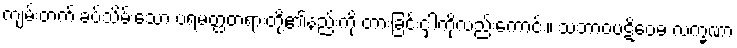
ကျမ်းတက် ခပ်သိမ်းသော ပရမတ္ထတရားတို့၏နည်းကို တားခြင်းငှါကိုလည်းကောင်း။ သဘာဝပဋိဝေဓ လက္ခဏာ